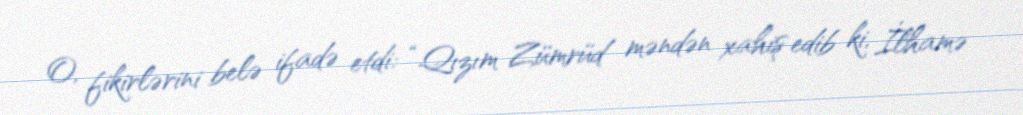
O, fikirlərini belə ifadə etdi: “Qızım Zümrüd məndən xahiş edib ki, İlhamə